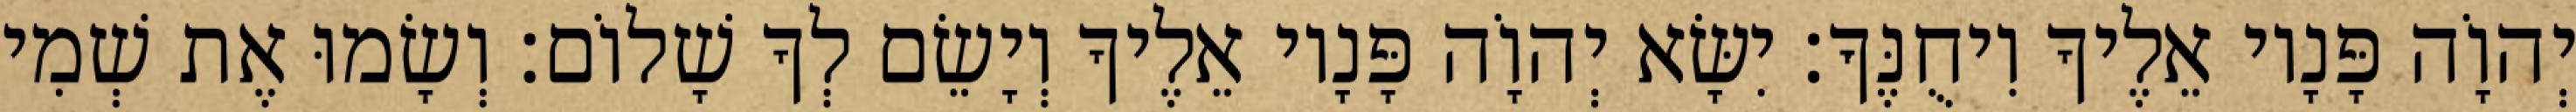
יְהוָֹה פָּנָיו אֵלֶיךָ וִיחֻנֶּךָּ׃ יִשָּׂא יְהוָֹה פָּנָיו אֵלֶיךָ וְיָשֵׂם לְךָ שָׁלוֹם׃ וְשָׂמוּ אֶת שְׁמִי